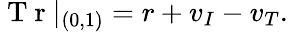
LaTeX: \mathrm{~T~r~}|_{(0,1)}=r+v_{I}-v_{T}.